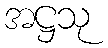
အဋ္ဌသု